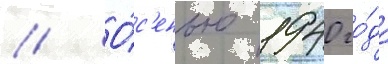
// О́с'енью 1940 го́да